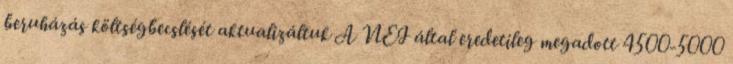
beruházás költségbecslését aktualizáltuk A NEI által eredetileg megadott 4500-5000